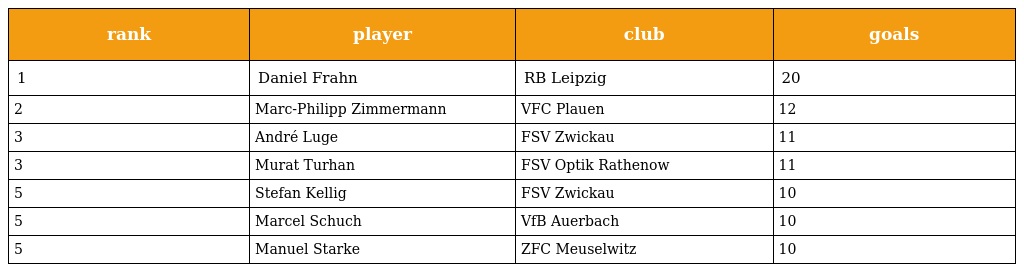
| rank | player | club | goals |
 | --- | --- | --- | --- |
 | 1 | Daniel Frahn | RB Leipzig | 20 |
 | 2 | Marc-Philipp Zimmermann | VFC Plauen | 12 |
 | 3 | André Luge | FSV Zwickau | 11 |
 | 3 | Murat Turhan | FSV Optik Rathenow | 11 |
 | 5 | Stefan Kellig | FSV Zwickau | 10 |
 | 5 | Marcel Schuch | VfB Auerbach | 10 |
 | 5 | Manuel Starke | ZFC Meuselwitz | 10 |